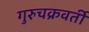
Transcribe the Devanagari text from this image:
गुरुचक्रवर्ती